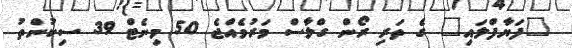
"ފަޔާފްލައި" ގެ ތަރި ރޯން ގްލާސް މަރުވެއްޖެ 50 މިނެޓް 39 ސިކުންތު